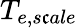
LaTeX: T_{e,s\mathfrak{c}ale}